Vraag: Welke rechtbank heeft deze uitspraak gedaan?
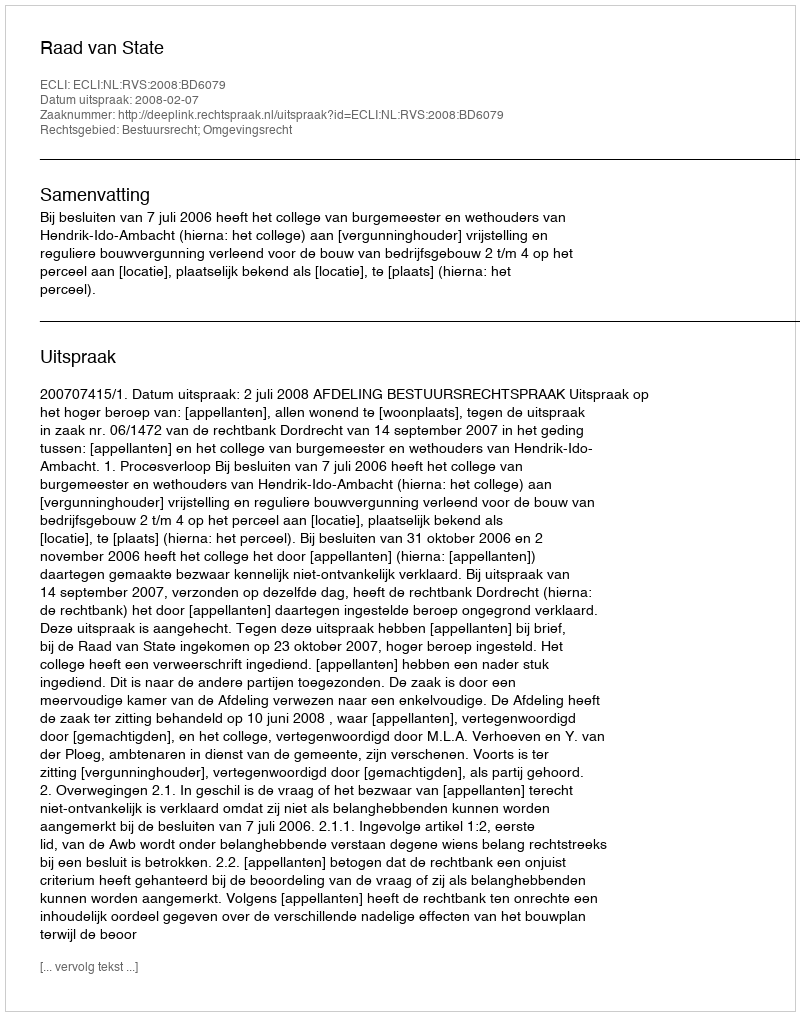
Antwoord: Raad van State